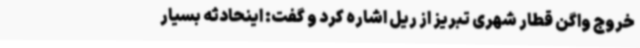
خروج واگن قطار شهری تبریز از ریل اشاره کرد و گفت: اینحادثه بسیار